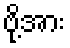
ဗို့အား